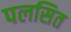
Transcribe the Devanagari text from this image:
पलसित